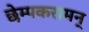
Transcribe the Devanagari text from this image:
छेम्पकरामन्